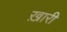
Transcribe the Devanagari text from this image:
ख़ारी